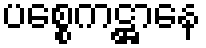
ပစ္စေကဋ္ဌာနေ